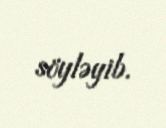
söyləyib.